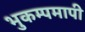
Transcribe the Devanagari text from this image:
भुकम्पमापी